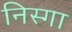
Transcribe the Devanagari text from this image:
निस्गा